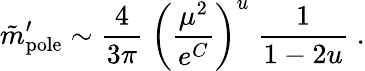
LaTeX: \tilde{m}_{\mathrm{pole}}^{\prime}\sim{\frac{4}{3\pi}}\; \left({\frac{\mu^{2}}{e^{C}}}\right)^{u}\; {\frac{1}{1-2u}}\; .